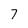
Character: 7